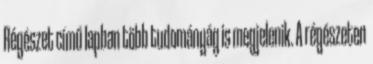
Régészet című lapban több tudományág is megjelenik. A régészeten